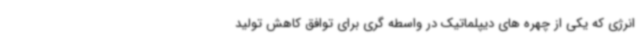
انرژی که یکی از چهره های دیپلماتیک در واسطه گری برای توافق کاهش تولید